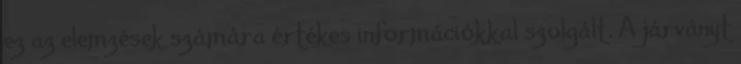
ez az elemzések számára értékes információkkal szolgált. A járványt